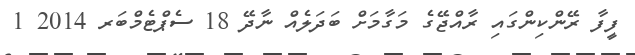
ފީފާ ރޭންކިންގައި ރާއްޖޭގެ މަގާމަށް ބަދަލެއް ނާދޭ 18 ސެޕްޓެމްބަރ 2014 1